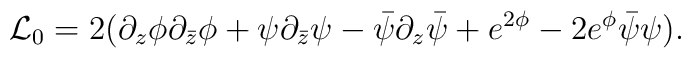
{\cal L}_0 = 2 ( \partial_z \phi \partial_{\bar z} \phi + \psi\partial_{\bar z} \psi - \bar{\psi} \partial_z \bar{\psi} + e^{2 \phi}- 2 e^{\phi} \bar{\psi} \psi).